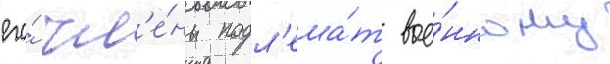
его́ чл'е́ны подл'ежа́т вое́нному